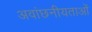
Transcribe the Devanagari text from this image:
अवांछनीयताओं